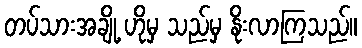
တပ်သားအချို့ ဟိုမှ သည်မှ နိုးလာကြသည်။